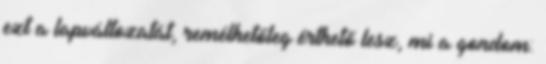
ezt a lapváltozatát, remélhetőleg érthető lesz, mi a gondom: